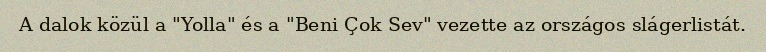
A dalok közül a "Yolla" és a "Beni Çok Sev" vezette az országos slágerlistát.